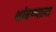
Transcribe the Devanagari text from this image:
थांबण्याला